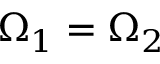
\Omega _ { 1 } = \Omega _ { 2 }